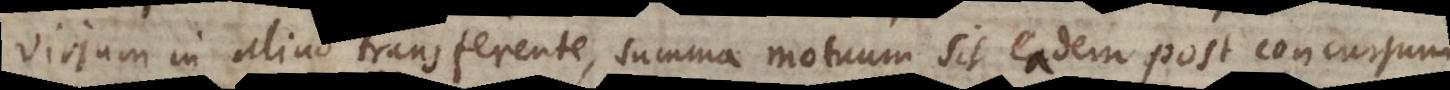
virium in aliud transferente, summa motuum sit eadem post concursum